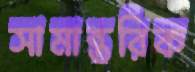
সামান্তরিক